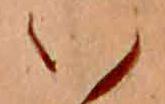
い